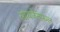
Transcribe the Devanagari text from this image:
आयजेनफ़ल